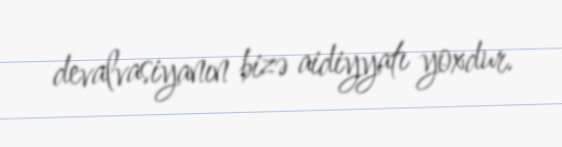
devalvasiyanın bizə aidiyyatı yoxdur.